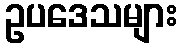
ဥပဒေသများ